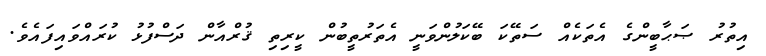
އިތުރު ޞަޙާބީންގެ އެތަކެއް ސަތޭކަ ބޭކަލުންވަނީ އެތަރުތީބުން ކީރިތި ޤުރްއާން ދަސްފުޅު ކުރައްވައިފައެވެ.